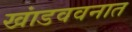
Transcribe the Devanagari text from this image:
खांडववनात